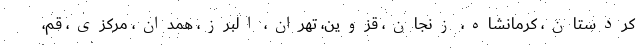
کردستان، کرمانشاه، زنجان، قزوین، تهران، البرز، همدان، مرکزی، قم،